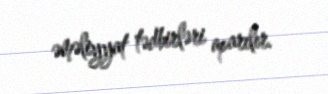
əməliyyat tədbirləri aparılır.